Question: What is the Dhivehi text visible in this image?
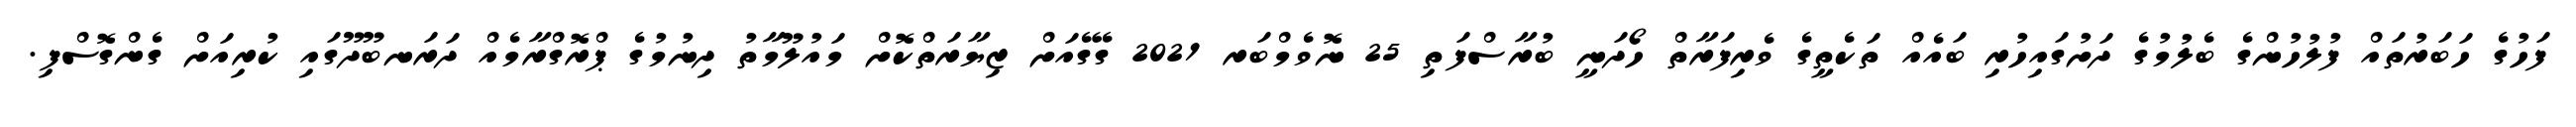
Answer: ފަހުގެ ހަބަރުތައް ފުލުހުންގެ ބެލުމުގެ ދަށުގައިހުރި ބައެއް ތަކެތީގެ ވެރިފަރާތް ހޯދަނީ ބުރާސްފަތި 25 ނޮވެމްބަރ 2021 ގޭގެއަށް ޒިޔާރަތްކޮށް މައުލޫމާތު ދިނުމުގެ ޕްރޮގްރާމެއް ދަރަނބޫދޫގައި ކުރިއަށް ގެންގޮސްފި.